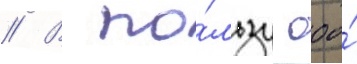
// В по́льзу ооо́